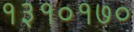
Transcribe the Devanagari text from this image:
१३१०१७०